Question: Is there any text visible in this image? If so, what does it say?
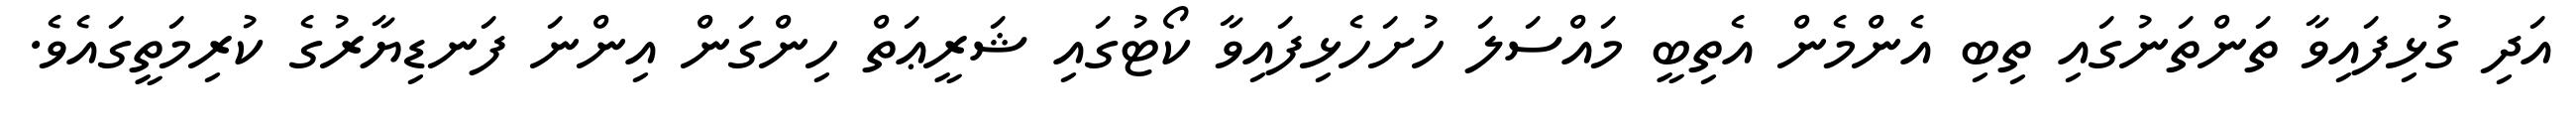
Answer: އަދި ގުޅިފައިވާ ތަންތަނުގައި ތިބި އެންމެން އެތިބީ މައްސަލަ ހުށަހެޅިފައިވާ ކޯޓުގައި ޝަރީޢަތް ހިންގަން އިންނަ ފަނޑިޔާރުގެ ކުރިމަތީގައެވެ.